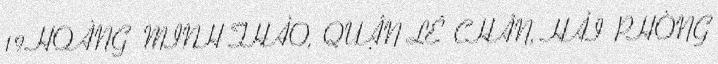
19 HOÀNG MINH THẢO, QUẬN LÊ CHÂN, HẢI PHÒNG